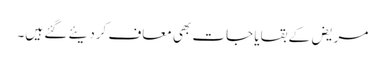
مریض کے بقایا جات بھی معاف کردیئے گئے ہیں۔